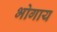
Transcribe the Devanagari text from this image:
भोगाय